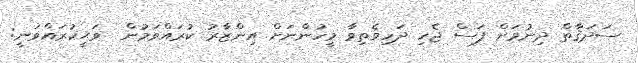
ޞަދަޤާތް ދިނުމަށް ފަސް ޖެހި ދަހިވެތިވާ މީހުންނަށް އިންޒާރު ކުރައްވަމުން  ވަޙީކުރައްވަނީ: